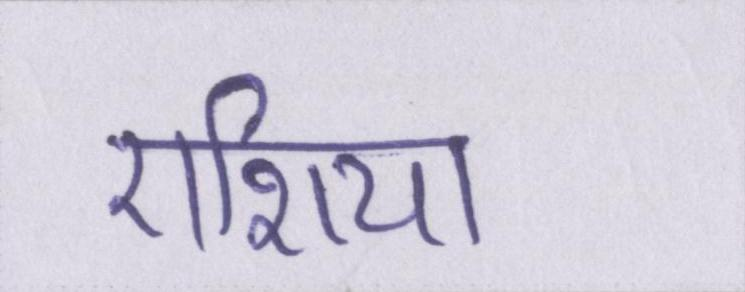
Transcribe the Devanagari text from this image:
एशिया